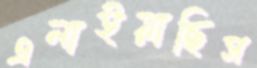
এলাইয়াছিস